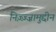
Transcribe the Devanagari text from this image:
निज़्ज़्ज़ामुद्दीन